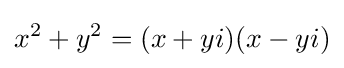
x^{2}+y^{2}=(x+yi)(x-yi)